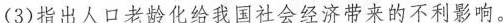
(3)指出人口老龄化给我国社会经济带来的不利影响。